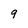
Character: 9